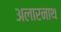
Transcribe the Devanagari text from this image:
अलारनाथ